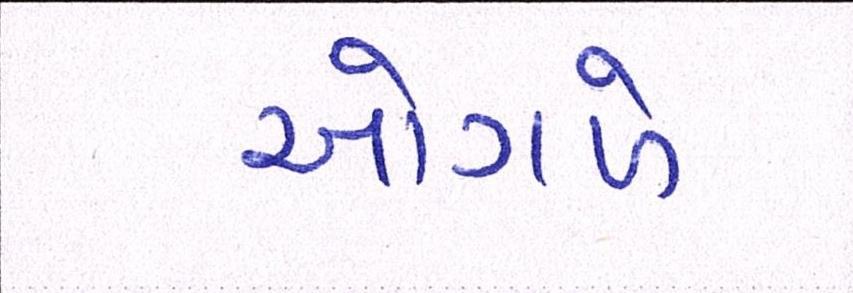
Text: ઓગળે